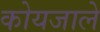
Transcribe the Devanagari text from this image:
कोयजाले